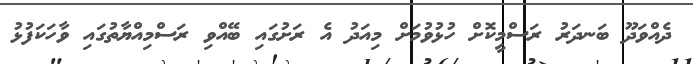
ދެއްވަދޫ ބަނދަރު ރަސްމީކޮށް ހުޅުވުމަށް މިއަދު އެ ރަށުގައި ބޭއްވި ރަސްމިއްޔާތުގައި ވާހަކަފުޅު